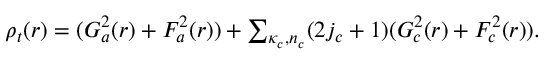
\begin{array} { r } { \rho _ { t } ( r ) = ( G _ { a } ^ { 2 } ( r ) + F _ { a } ^ { 2 } ( r ) ) + \sum _ { \kappa _ { c } , n _ { c } } ( 2 j _ { c } + 1 ) ( G _ { c } ^ { 2 } ( r ) + F _ { c } ^ { 2 } ( r ) ) . } \end{array}